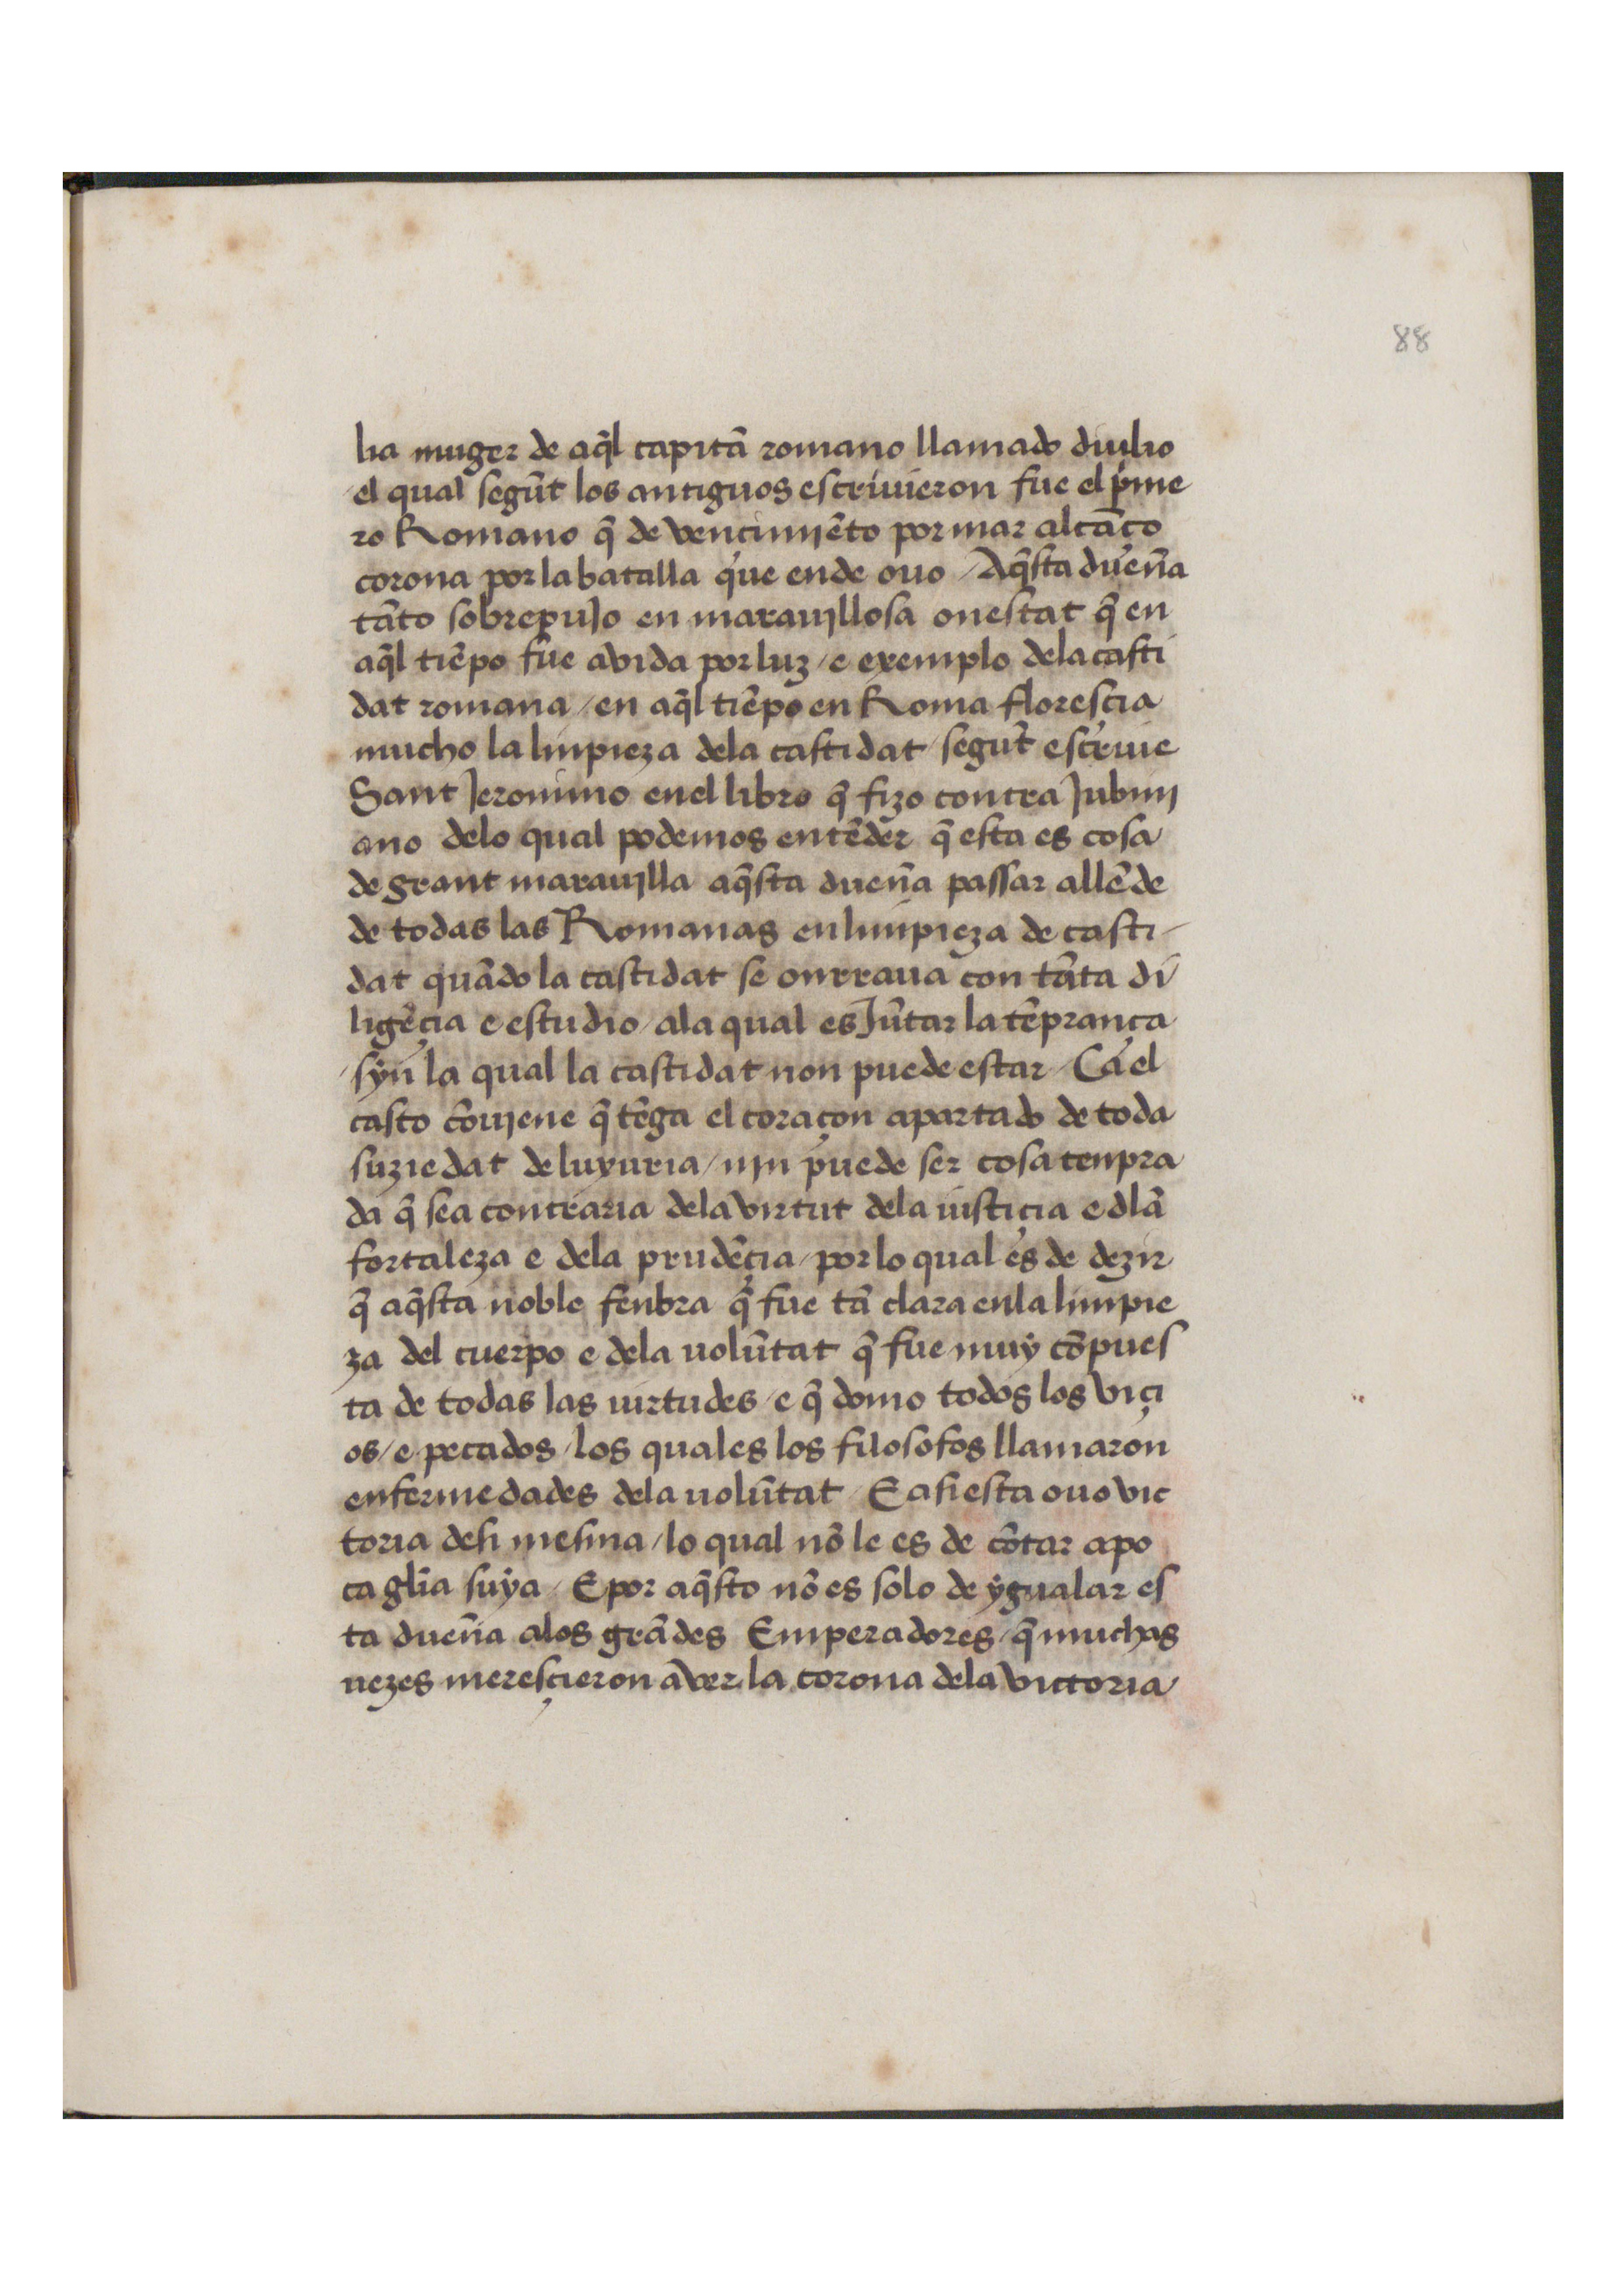
Shelfmark: Salamanca, Biblioteca Histórica USAL, 2654
Century: 15